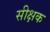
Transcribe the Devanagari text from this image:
सीक्षक